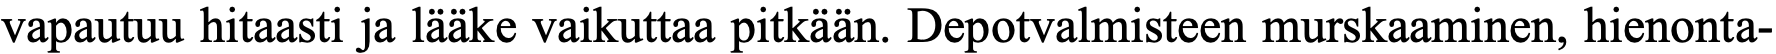
vapautuu hitaasti ja lääke vaikuttaa pitkään. Depotvalmisteen murskaaminen, hienonta-